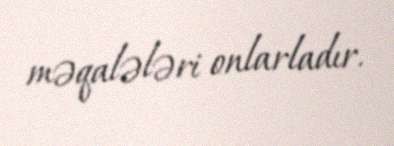
məqalələri onlarladır.